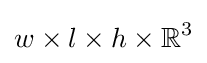
w\times l\times h\times \mathbb {R} ^{3}